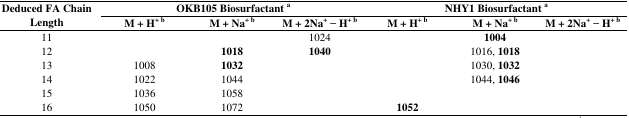
| <ROWSPAN=3> Deduced FA Chain Length | <COLSPAN=3> OKB105 Biosurfactant a | <COLSPAN=3> NHY1 Biosurfactant a |
 | M + H+ b | M + Na+ b | M + 2Na+ − H+ b | M + H+ b | M + Na+ b | M + 2Na+ − H+ b |
 | --- | --- | --- | --- | --- | --- | --- |
 | 11 |  |  | 1024 |  | 1004 |  |
 | 12 |  | 1018 | 1040 |  | 1016, 1018 |  |
 | 13 | 1008 | 1032 |  |  | 1030, 1032 |  |
 | 14 | 1022 | 1044 |  |  | 1044, 1046 |  |
 | 15 | 1036 | 1058 |  |  |  |  |
 | 16 | 1050 | 1072 |  | 1052 |  |  |